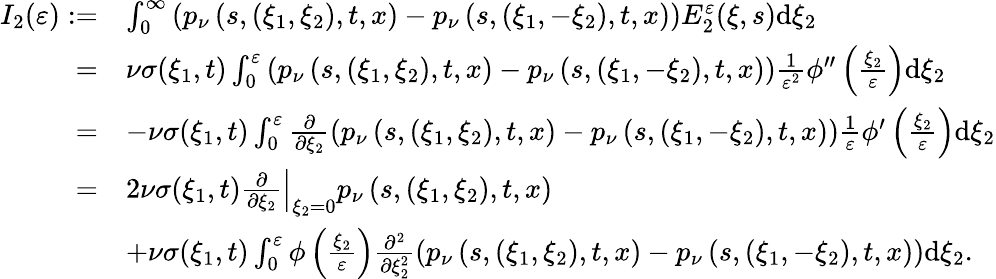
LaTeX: \begin{array}{rl}{I_{2}(\varepsilon):=}&{\int_{0}^{\infty}\left(p_{\nu}\left(s,(\xi_{1},\xi_{2}),t,x\right)-p_{\nu}\left(s,(\xi_{1},-\xi_{2}),t,x\right)\right)E_{2}^{\varepsilon}(\xi,s)\mathrm{d}\xi_{2}}\\ {=}&{\nu\sigma(\xi_{1},t)\int_{0}^{\varepsilon}\left(p_{\nu}\left(s,(\xi_{1},\xi_{2}),t,x\right)-p_{\nu}\left(s,(\xi_{1},-\xi_{2}),t,x\right)\right)\frac{1}{\varepsilon^{2}}\phi^{\prime\prime}\left(\frac{\xi_{2}}{\varepsilon}\right)\mathrm{d}\xi_{2}}\\ {=}&{-\nu\sigma(\xi_{1},t)\int_{0}^{\varepsilon}\frac{\partial}{\partial\xi_{2}}\left(p_{\nu}\left(s,(\xi_{1},\xi_{2}),t,x\right)-p_{\nu}\left(s,(\xi_{1},-\xi_{2}),t,x\right)\right)\frac{1}{\varepsilon}\phi^{\prime}\left(\frac{\xi_{2}}{\varepsilon}\right)\mathrm{d}\xi_{2}}\\ {=}&{2\nu\sigma(\xi_{1},t)\left.\frac{\partial}{\partial\xi_{2}}\right|_{\xi_{2}=0}p_{\nu}\left(s,(\xi_{1},\xi_{2}),t,x\right)}\\ &{+\nu\sigma(\xi_{1},t)\int_{0}^{\varepsilon}\phi\left(\frac{\xi_{2}}{\varepsilon}\right)\frac{\partial^{2}}{\partial\xi_{2}^{2}}\left(p_{\nu}\left(s,(\xi_{1},\xi_{2}),t,x\right)-p_{\nu}\left(s,(\xi_{1},-\xi_{2}),t,x\right)\right)\mathrm{d}\xi_{2}.}\end{array}